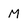
Character: M